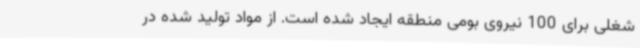
شغلی برای 100 نیروی بومی منطقه ایجاد شده است. از مواد تولید شده در